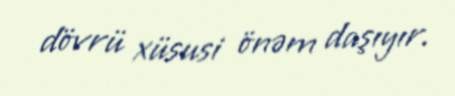
dövrü xüsusi önəm daşıyır.